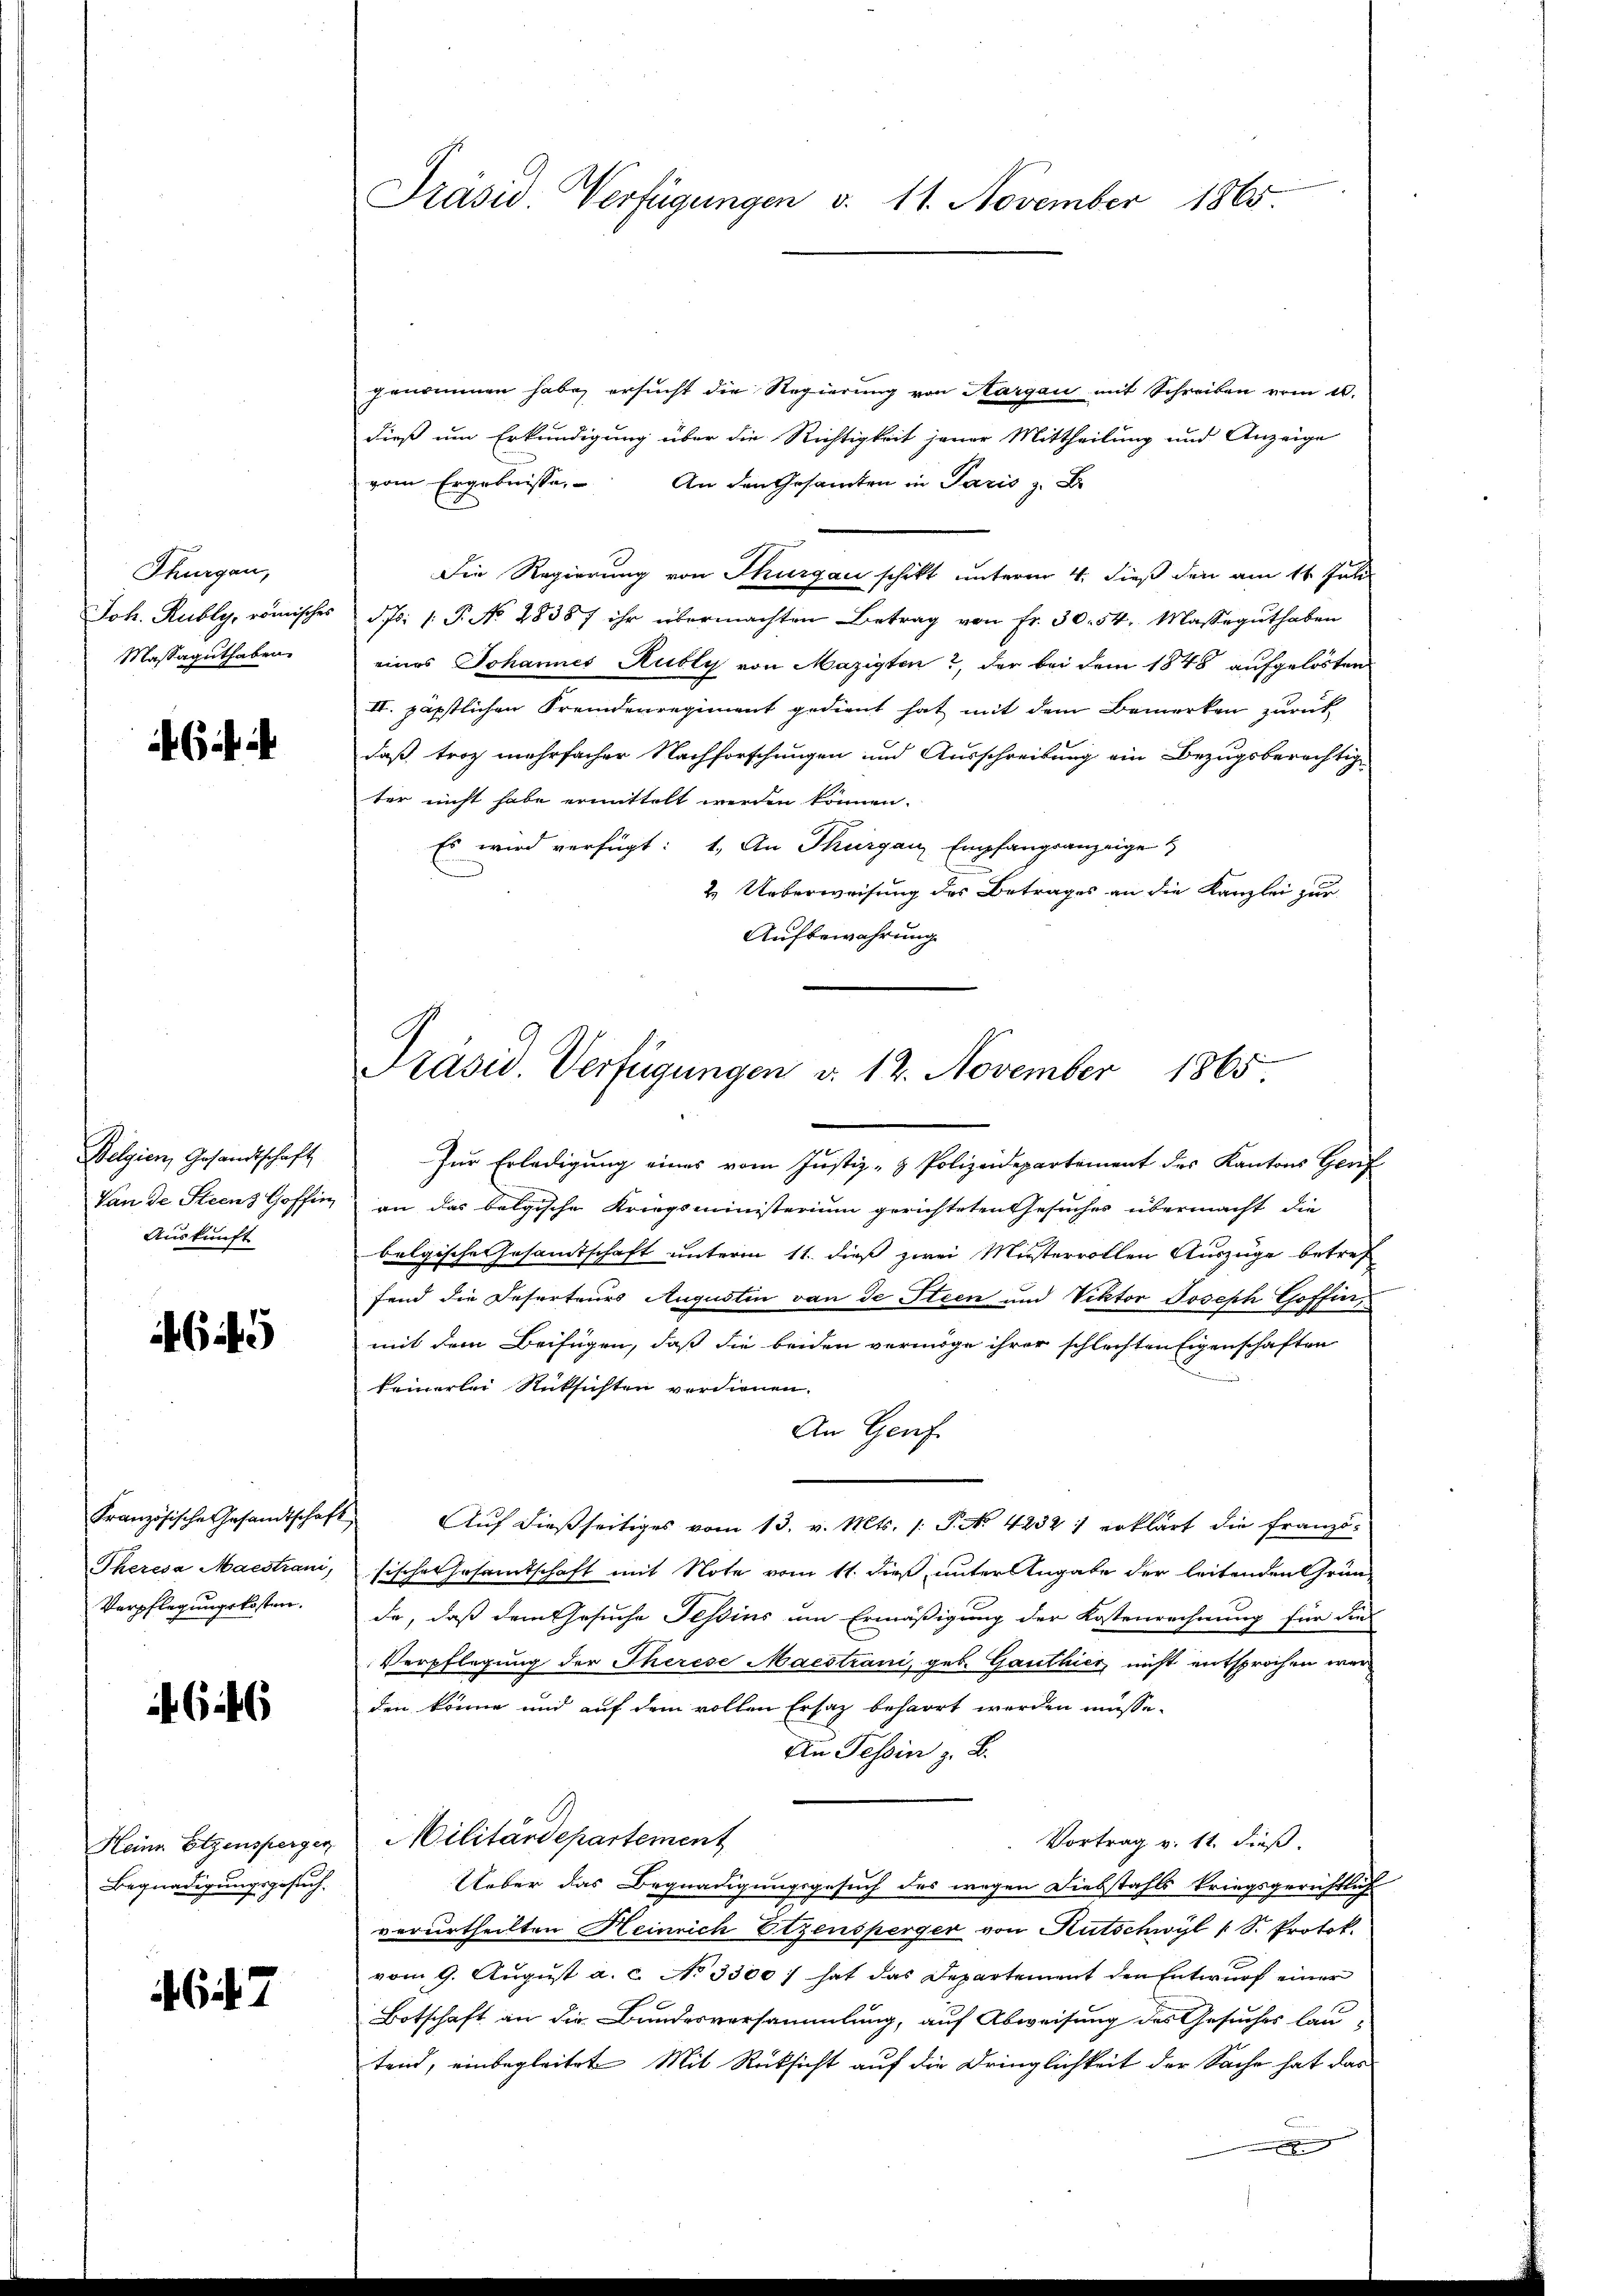
Thurgau,
Joh. Rubly, römisches
Massaguthaben

it i

Belgien Gesandtschaft
Von de Steenz Goffen
Auskunft

644

Französische Gesandtschaft
Theresa Maestrani,
Verpflegungskosten.

66

Heine Etzensperger
Begnadigungsgesuch.

67

Präsid. Verfügungen v. 11. November 1865

genommen habe, ersucht die Regierung von Aargau mit Schreiben vom 10.
dieß um Erkundigung über die Richtigkeit jener Mittheilung und Anzeige
vom Ergebnisse, An den Gesamten in Paris z. B.
Die Regierung von Thurgau schikt unterm 4. dieß den am 11. Juli
dfs: 1. P. No 28387 ihr übermachten Betrag von Fr. 30. 54, Masseguthaben
eines Johannes Kubly von Mazigten?, der bei dem 1848 aufgelösten
II. päpstlichen Fremdenregiment gedient hat mit dem Bemerken zurück
daß troz mehrfacher Nachforschungen und Ausschreibung ein Bezugsberechtig
ter nicht habe ermittelt werden können.
Es wird verfügt: 1. An Thurgau, Empfangsanzeige
2. Ueberweisung des Betrages an die Kanzlei zur
Aufbewahrung

Präsid. Verfügungen d. 12. November 1865

Zur Erledigung eines vom Justiz- & Polizeidepartement des Kantons Genf
an das belgische Kriegsministerium gerichteten Gesuches übermacht die
belgische Gesamtschaft unterm 11. dieß zwei Mistervollen Auszüge betref
fend die Deserteurs Augusten von de Steen und Viktor Joseph Goffin
mit dem Beifügen, daß die beiden vermöge ihrer schlechten Eigenschaften
keinerlei Rücksichten verdienen.
An Genf.
Auf dießseitiges vom 13. v. Mts. /: P. No. 42321 erklärt die Franzö-
Fische Gesamtschaft mit Note vom 11. dieß, unter Angabe der leitenden Grün-
de, daß dem Gesuche Tessins am Ermäßigung der Kostenrechnung für die
Verpflegung der Therese Maestrani, geb. Gauthier nicht entsprochen war
den könne und auf dem vollen Ersatz beharrt werden müsse.
In Tessin z. B.
Militärdepartement
Vortrag v. 11. dieß.
Ueber das Begnadigungsgesuch des wegen Diebstahls kriegsgerichtlich
verurtheilten Heinrich Etzensperger von Rutschwyl 1 S. Protok.
vom 9. August a. c. No 3300) hat das Departement den Entwurf einer
Botschaft an die Bundesversammlung, auf Abweisung des Gesuches lau-
tend, einbegleitet Mit Rücksicht auf die Dringlichkeit der Sache hat das